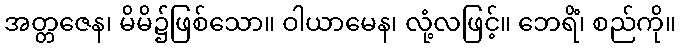
အတ္တဇေန၊ မိမိ၌ဖြစ်သော။ ဝါယာမေန၊ လုံ့လဖြင့်။ ဘေရိံ၊ စည်ကို။